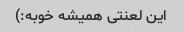
این لعنتی همیشه خوبه:)